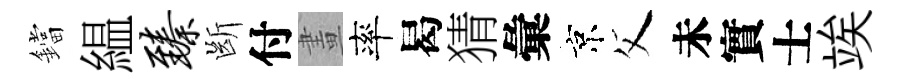
鐺緼臻㫁付畫率曷猜彙京父未實士竢